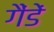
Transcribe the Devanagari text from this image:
गैंडें